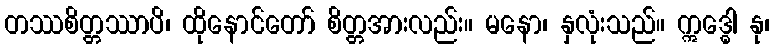
တဿစိတ္တဿာပိ၊ ထိုနောင်တော် စိတ္တအားလည်း။ မနော၊ နှလုံးသည်။ ဣဒ္ဓေါ နု၊